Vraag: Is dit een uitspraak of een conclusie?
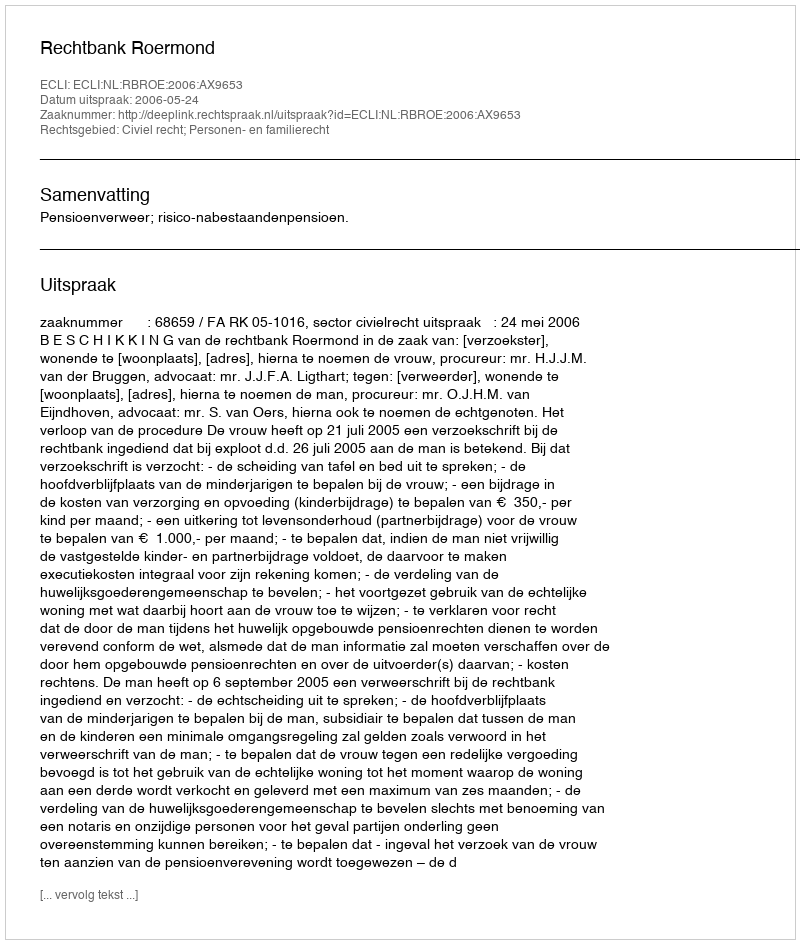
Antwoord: Uitspraak